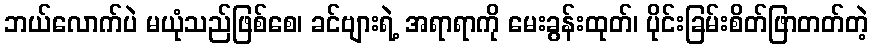
ဘယ်လောက်ပဲ မယုံသည်ဖြစ်စေ၊ ခင်ဗျားရဲ့ အရာရာကို မေးခွန်းထုတ်၊ ပိုင်းခြမ်းစိတ်ဖြာတတ်တဲ့